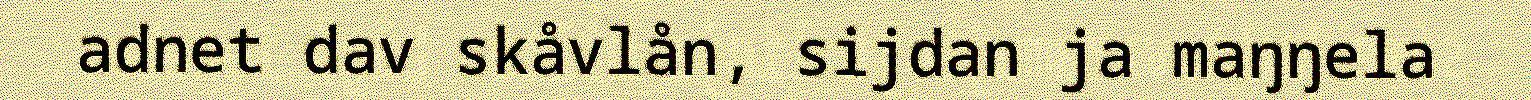
adnet dav skåvlån, sijdan ja maŋŋela